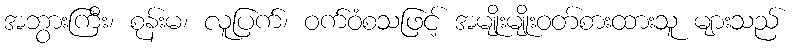
အဘွားကြီး၊ စုန်းမ၊ လူပြက်၊ ဝက်ဝံစသဖြင့် အမျိုးမျိုးဝတ်စားထားသူ များသည်